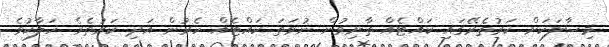
މިސާލަކަށް ކަރުތެރޭގައި ކައްޓެއް ތާށިވުން ނުވަތަ ކައްޓެއް ހެރުން އަދި ކަރުތެރެ ހަލާކުވެ